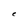
Character: C